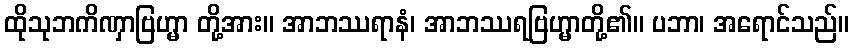
ထိုသုဘကိဏှာဗြဟ္မာ တို့အား။ အာဘဿရာနံ၊ အာဘဿရဗြဟ္မာတို့၏။ ပဘာ၊ အရောင်သည်။